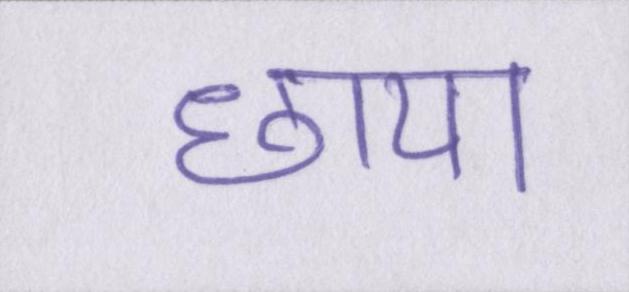
छाया